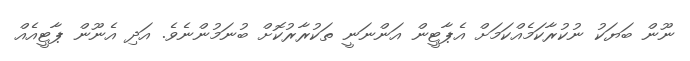
ނޫން ބަޔަކު ނުކުރާކަމެއްކަމަށް އެޕާޓީން އަންނަނީ ތަކުރާރުކޮށް ބުނަމުންނެވެ. އަދި އެނޫން ޕާޓީއެއް